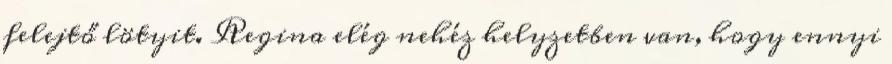
felejtő lötyit. Regina elég nehéz helyzetben van, hogy ennyi